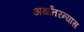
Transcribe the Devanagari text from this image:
अर्थांतरन्यास